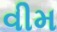
વીમ